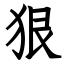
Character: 狠